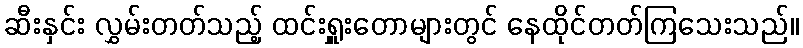
ဆီးနှင်း လွှမ်းတတ်သည့် ထင်းရှူးတောများတွင် နေထိုင်တတ်ကြသေးသည်။